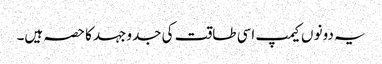
یہ دونو ں کیمپ اسی طاقت کی جدوجہد کا حصہ ہیں۔